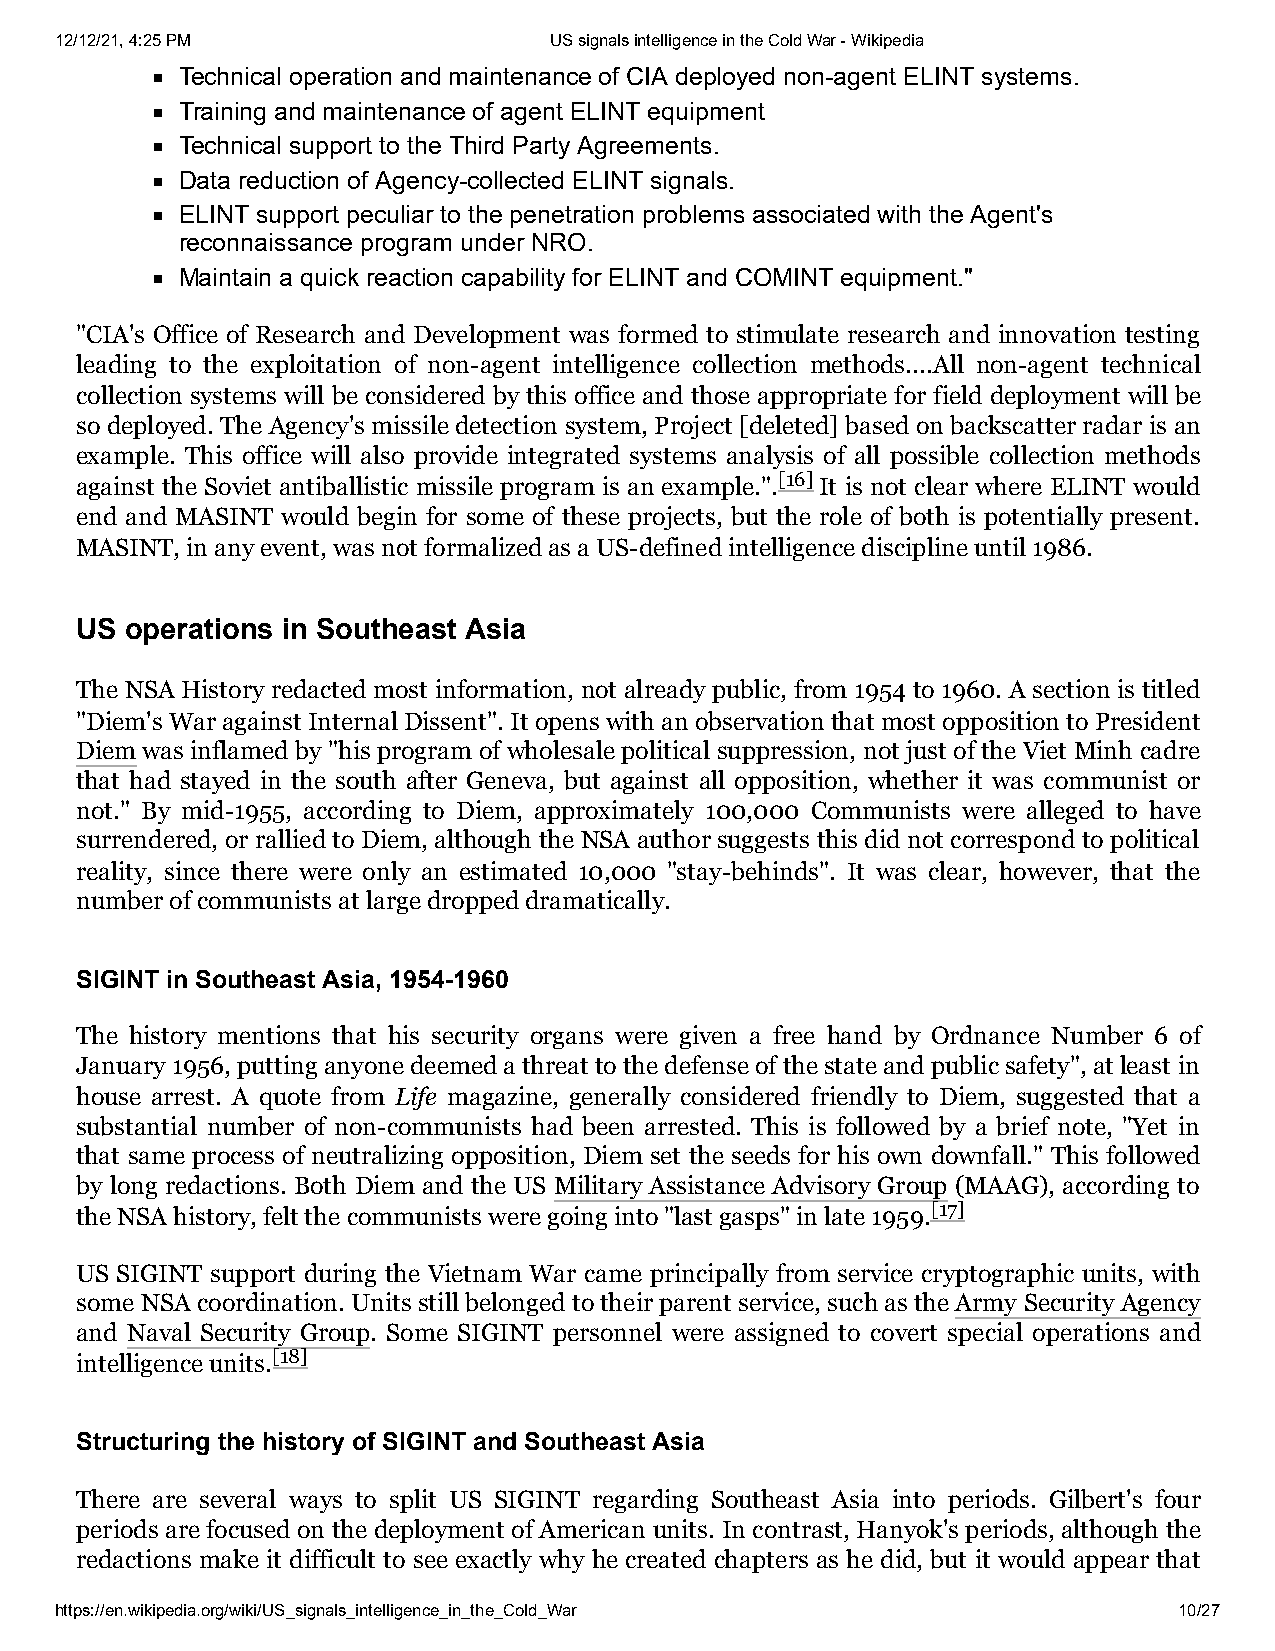
12/12/21, 4:25 PM               US signals intelligence in the Cold War - Wikipedia
 Technical operation and maintenance of CIA deployed non-agent ELINT systems.
 Training and maintenance of agent ELINT equipment
 Technical support to the Third Party Agreements.
 Data reduction of Agency-collected ELINT signals.
 ELINT support peculiar to the penetration problems associated with the Agent's
 reconnaissance program under NRO.
 Maintain a quick reaction capability for ELINT and COMINT equipment."
 "CIA's Office of Research and Development was formed to stimulate research and innovation testing
 leading to the exploitation of non-agent intelligence collection methods....All non-agent technical
 collection systems will be considered by this office and those appropriate for field deployment will be
 so deployed. The Agency's missile detection system, Project [deleted] based on backscatter radar is an
 example. This office will also provide integrated systems analysis of all possible collection methods
 against the Soviet antiballistic missile program is an example.".[16] It is not clear where ELINT would
 end and MASINT would begin for some of these projects, but the role of both is potentially present.
 MASINT, in any event, was not formalized as a US-defined intelligence discipline until 1986.
 US operations in Southeast Asia
 The NSA History redacted most information, not already public, from 1954 to 1960. A section is titled
 "Diem's War against Internal Dissent". It opens with an observation that most opposition to President
 Diem was inflamed by "his program of wholesale political suppression, not just of the Viet Minh cadre
 that had stayed in the south after Geneva, but against all opposition, whether it was communist or
 not." By mid-1955, according to Diem, approximately 100,000 Communists were alleged to have
 surrendered, or rallied to Diem, although the NSA author suggests this did not correspond to political
 reality, since there were only an estimated 10,000 "stay-behinds". It was clear, however, that the
 number of communists at large dropped dramatically.
 SIGINT in Southeast Asia, 1954-1960
 The history mentions that his security organs were given a free hand by Ordnance Number 6 of
 January 1956, putting anyone deemed a threat to the defense of the state and public safety", at least in
 house arrest. A quote from Life magazine, generally considered friendly to Diem, suggested that a
 substantial number of non-communists had been arrested. This is followed by a brief note, "Yet in
 that same process of neutralizing opposition, Diem set the seeds for his own downfall." This followed
 by long redactions. Both Diem and the US Military Assistance Advisory Group (MAAG), according to
 the NSA history, felt the communists were going into "last gasps" in late 1959.[17]
 US SIGINT support during the Vietnam War came principally from service cryptographic units, with
 some NSA coordination. Units still belonged to their parent service, such as the Army Security Agency
 and Naval Security Group. Some SIGINT personnel were assigned to covert special operations and
 intelligence units.[18]
 Structuring the history of SIGINT and Southeast Asia
 There are several ways to split US SIGINT regarding Southeast Asia into periods. Gilbert's four
 periods are focused on the deployment of American units. In contrast, Hanyok's periods, although the
 redactions make it difficult to see exactly why he created chapters as he did, but it would appear that
 https://en.wikipedia.org/wiki/US_signals_intelligence_in_the_Cold_War     10/27